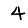
Digit: 4